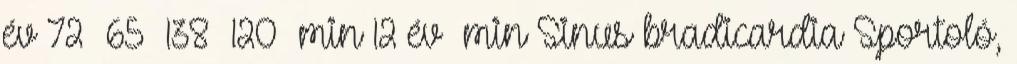
év 72 65 –138 120 min 12 év min Sinus bradicardia Sportoló,